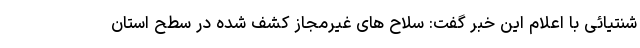
شنتیائی با اعلام این خبر گفت: سلاح های غیرمجاز کشف شده در سطح استان